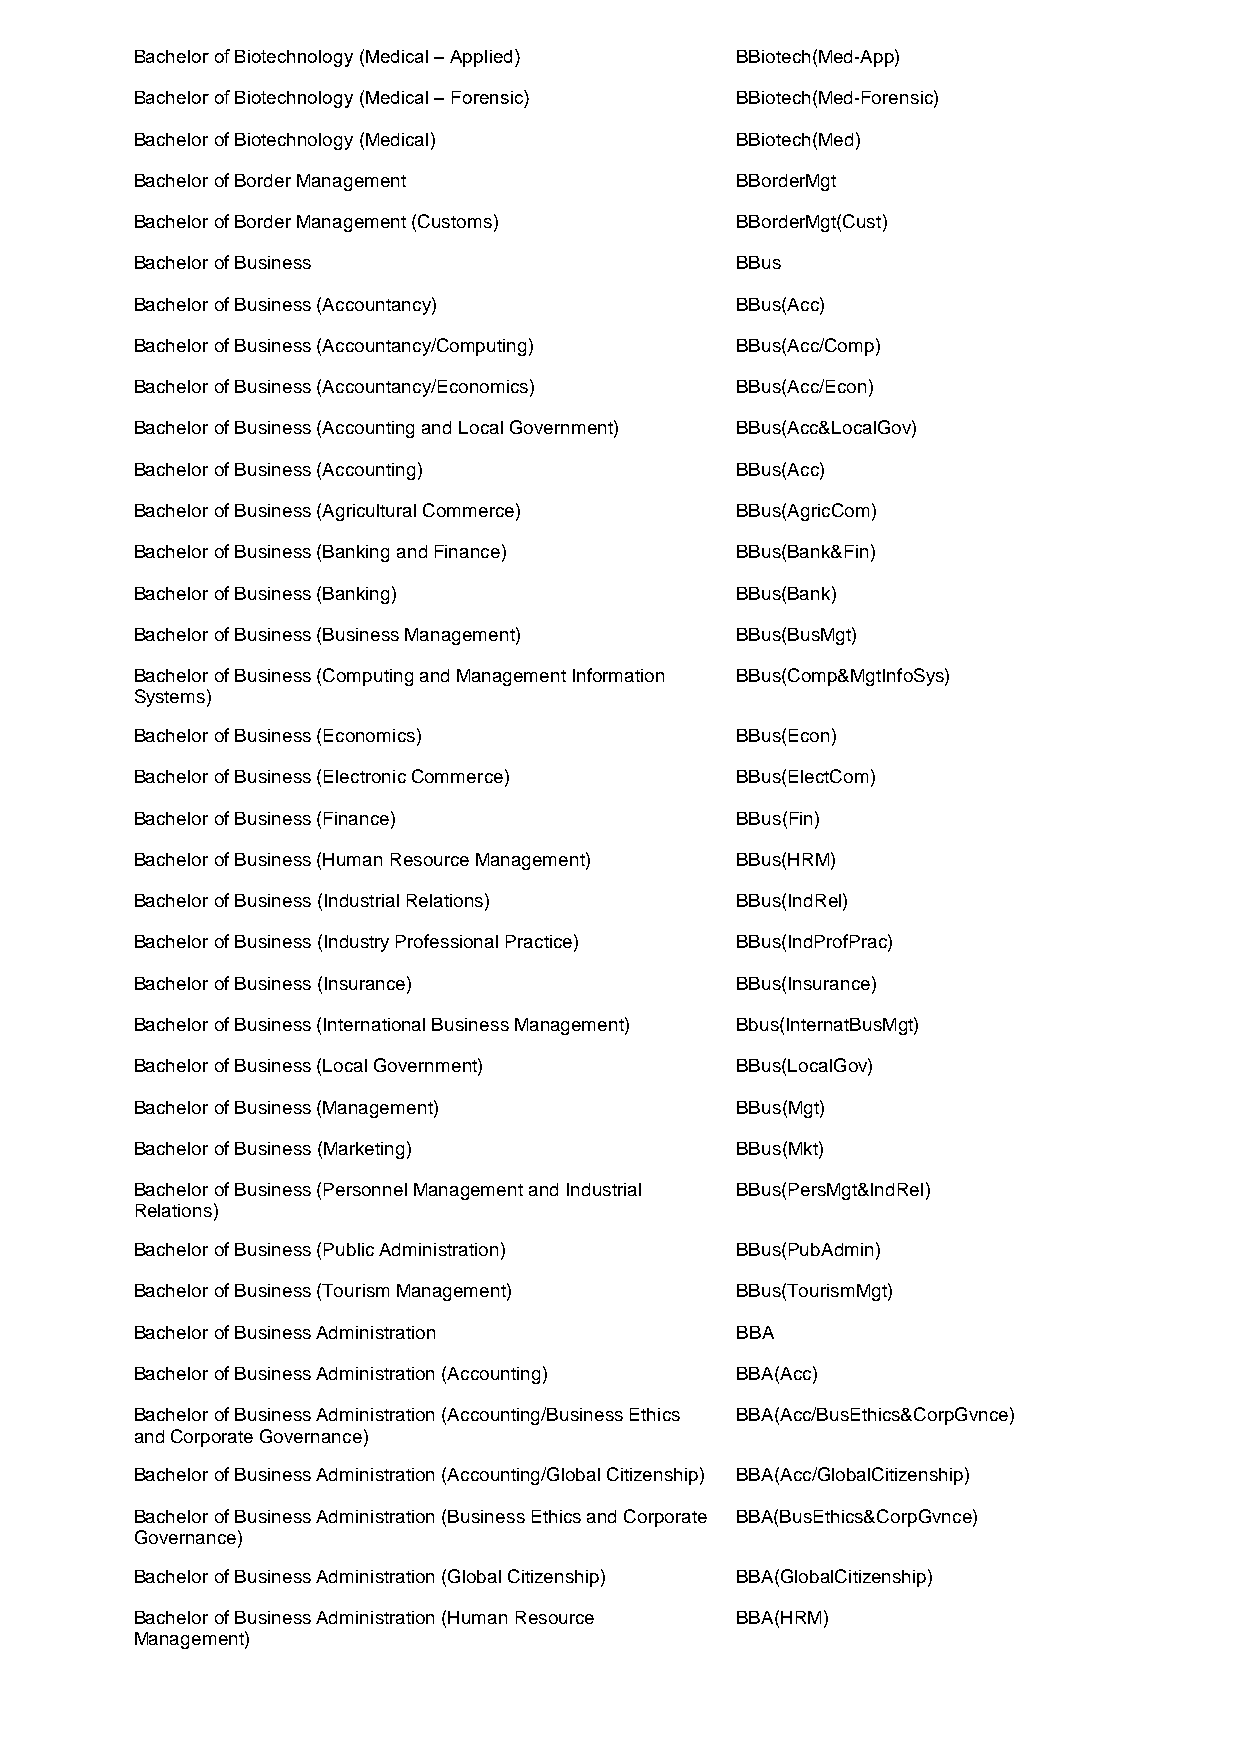
Bachelor of Biotechnology (Medical – Applied) BBiotech(Med-App)
 Bachelor of Biotechnology (Medical – Forensic) BBiotech(Med-Forensic)
 Bachelor of Biotechnology (Medical)     BBiotech(Med)
 Bachelor of Border Management           BBorderMgt
 Bachelor of Border Management (Customs) BBorderMgt(Cust)
 Bachelor of Business                    BBus
 Bachelor of Business (Accountancy)      BBus(Acc)
 Bachelor of Business (Accountancy/Computing) BBus(Acc/Comp)
 Bachelor of Business (Accountancy/Economics) BBus(Acc/Econ)
 Bachelor of Business (Accounting and Local Government) BBus(Acc&LocalGov)
 Bachelor of Business (Accounting)       BBus(Acc)
 Bachelor of Business (Agricultural Commerce) BBus(AgricCom)
 Bachelor of Business (Banking and Finance) BBus(Bank&Fin)
 Bachelor of Business (Banking)          BBus(Bank)
 Bachelor of Business (Business Management) BBus(BusMgt)
 Bachelor of Business (Computing and Management Information BBus(Comp&MgtInfoSys)
 Systems)
 Bachelor of Business (Economics)        BBus(Econ)
 Bachelor of Business (Electronic Commerce) BBus(ElectCom)
 Bachelor of Business (Finance)          BBus(Fin)
 Bachelor of Business (Human Resource Management) BBus(HRM)
 Bachelor of Business (Industrial Relations) BBus(IndRel)
 Bachelor of Business (Industry Professional Practice) BBus(IndProfPrac)
 Bachelor of Business (Insurance)        BBus(Insurance)
 Bachelor of Business (International Business Management) Bbus(InternatBusMgt)
 Bachelor of Business (Local Government) BBus(LocalGov)
 Bachelor of Business (Management)       BBus(Mgt)
 Bachelor of Business (Marketing)        BBus(Mkt)
 Bachelor of Business (Personnel Management and Industrial BBus(PersMgt&IndRel)
 Relations)
 Bachelor of Business (Public Administration) BBus(PubAdmin)
 Bachelor of Business (Tourism Management) BBus(TourismMgt)
 Bachelor of Business Administration     BBA
 Bachelor of Business Administration (Accounting) BBA(Acc)
 Bachelor of Business Administration (Accounting/Business Ethics BBA(Acc/BusEthics&CorpGvnce)
 and Corporate Governance)
 Bachelor of Business Administration (Accounting/Global Citizenship) BBA(Acc/GlobalCitizenship)
 Bachelor of Business Administration (Business Ethics and Corporate BBA(BusEthics&CorpGvnce)
 Governance)
 Bachelor of Business Administration (Global Citizenship) BBA(GlobalCitizenship)
 Bachelor of Business Administration (Human Resource BBA(HRM)
 Management)